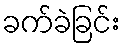
ခက်ခဲခြင်း